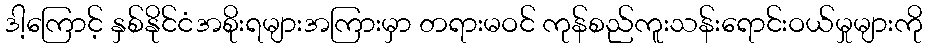
ဒါ့ကြောင့် နှစ်နိုင်ငံအစိုးရများအကြားမှာ တရားမဝင် ကုန်စည်ကူးသန်းရောင်းဝယ်မှုများကို